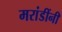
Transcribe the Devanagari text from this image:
मरांडींनी